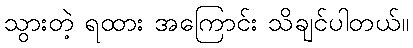
သွားတဲ့ ရထား အကြောင်း သိချင်ပါတယ်။